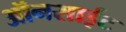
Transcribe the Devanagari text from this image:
ऑनसाईट